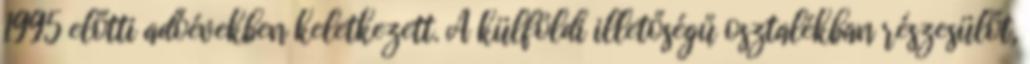
1995 előtti adóévekben keletkezett. A külföldi illetőségű osztalékban részesülőt,